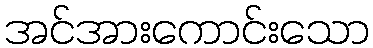
အင်အားကောင်းသော